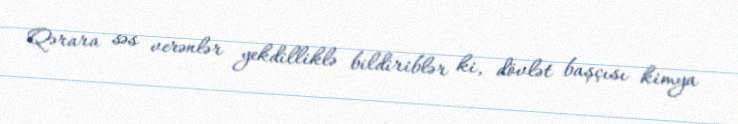
Qərara səs verənlər yekdilliklə bildiriblər ki, dövlət başçısı kimya